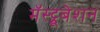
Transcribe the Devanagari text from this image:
मॅस्ट्रूबेशन